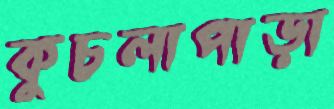
কুচলাপাড়া